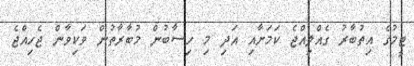
ޓީމުގެ އިތުބާރު ގެއްލިއްޖެ ކަމަށާއި އަދި މި ހިސާބުން މުބާރާތުން ވަކިވާން ޖެހިއްޖެ